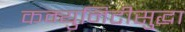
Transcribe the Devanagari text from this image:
कम्युनिटीसुद्धा